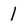
Character: 1